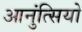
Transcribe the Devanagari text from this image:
आनुंत्सियो